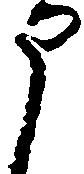
申